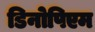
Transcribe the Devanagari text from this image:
डिनोपिएम